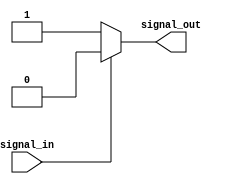
module io_voltage_level_shifter (
    input wire signal_in,
    output wire signal_out
);

reg input_voltage_level;
reg output_voltage_level;

// Logic to detect input voltage level
always @* begin
    if (signal_in == 0) begin
        input_voltage_level = 0;
    end else begin
        input_voltage_level = 1;
    end
end

// Logic to perform level shifting operations
always @* begin
    if (input_voltage_level == 0) begin
        output_voltage_level = 1;
    end else begin
        output_voltage_level = 0;
    end
end

// Provide clean, stable output signal at desired voltage level
assign signal_out = output_voltage_level;

endmodule